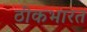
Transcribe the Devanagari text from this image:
ठीकभारत